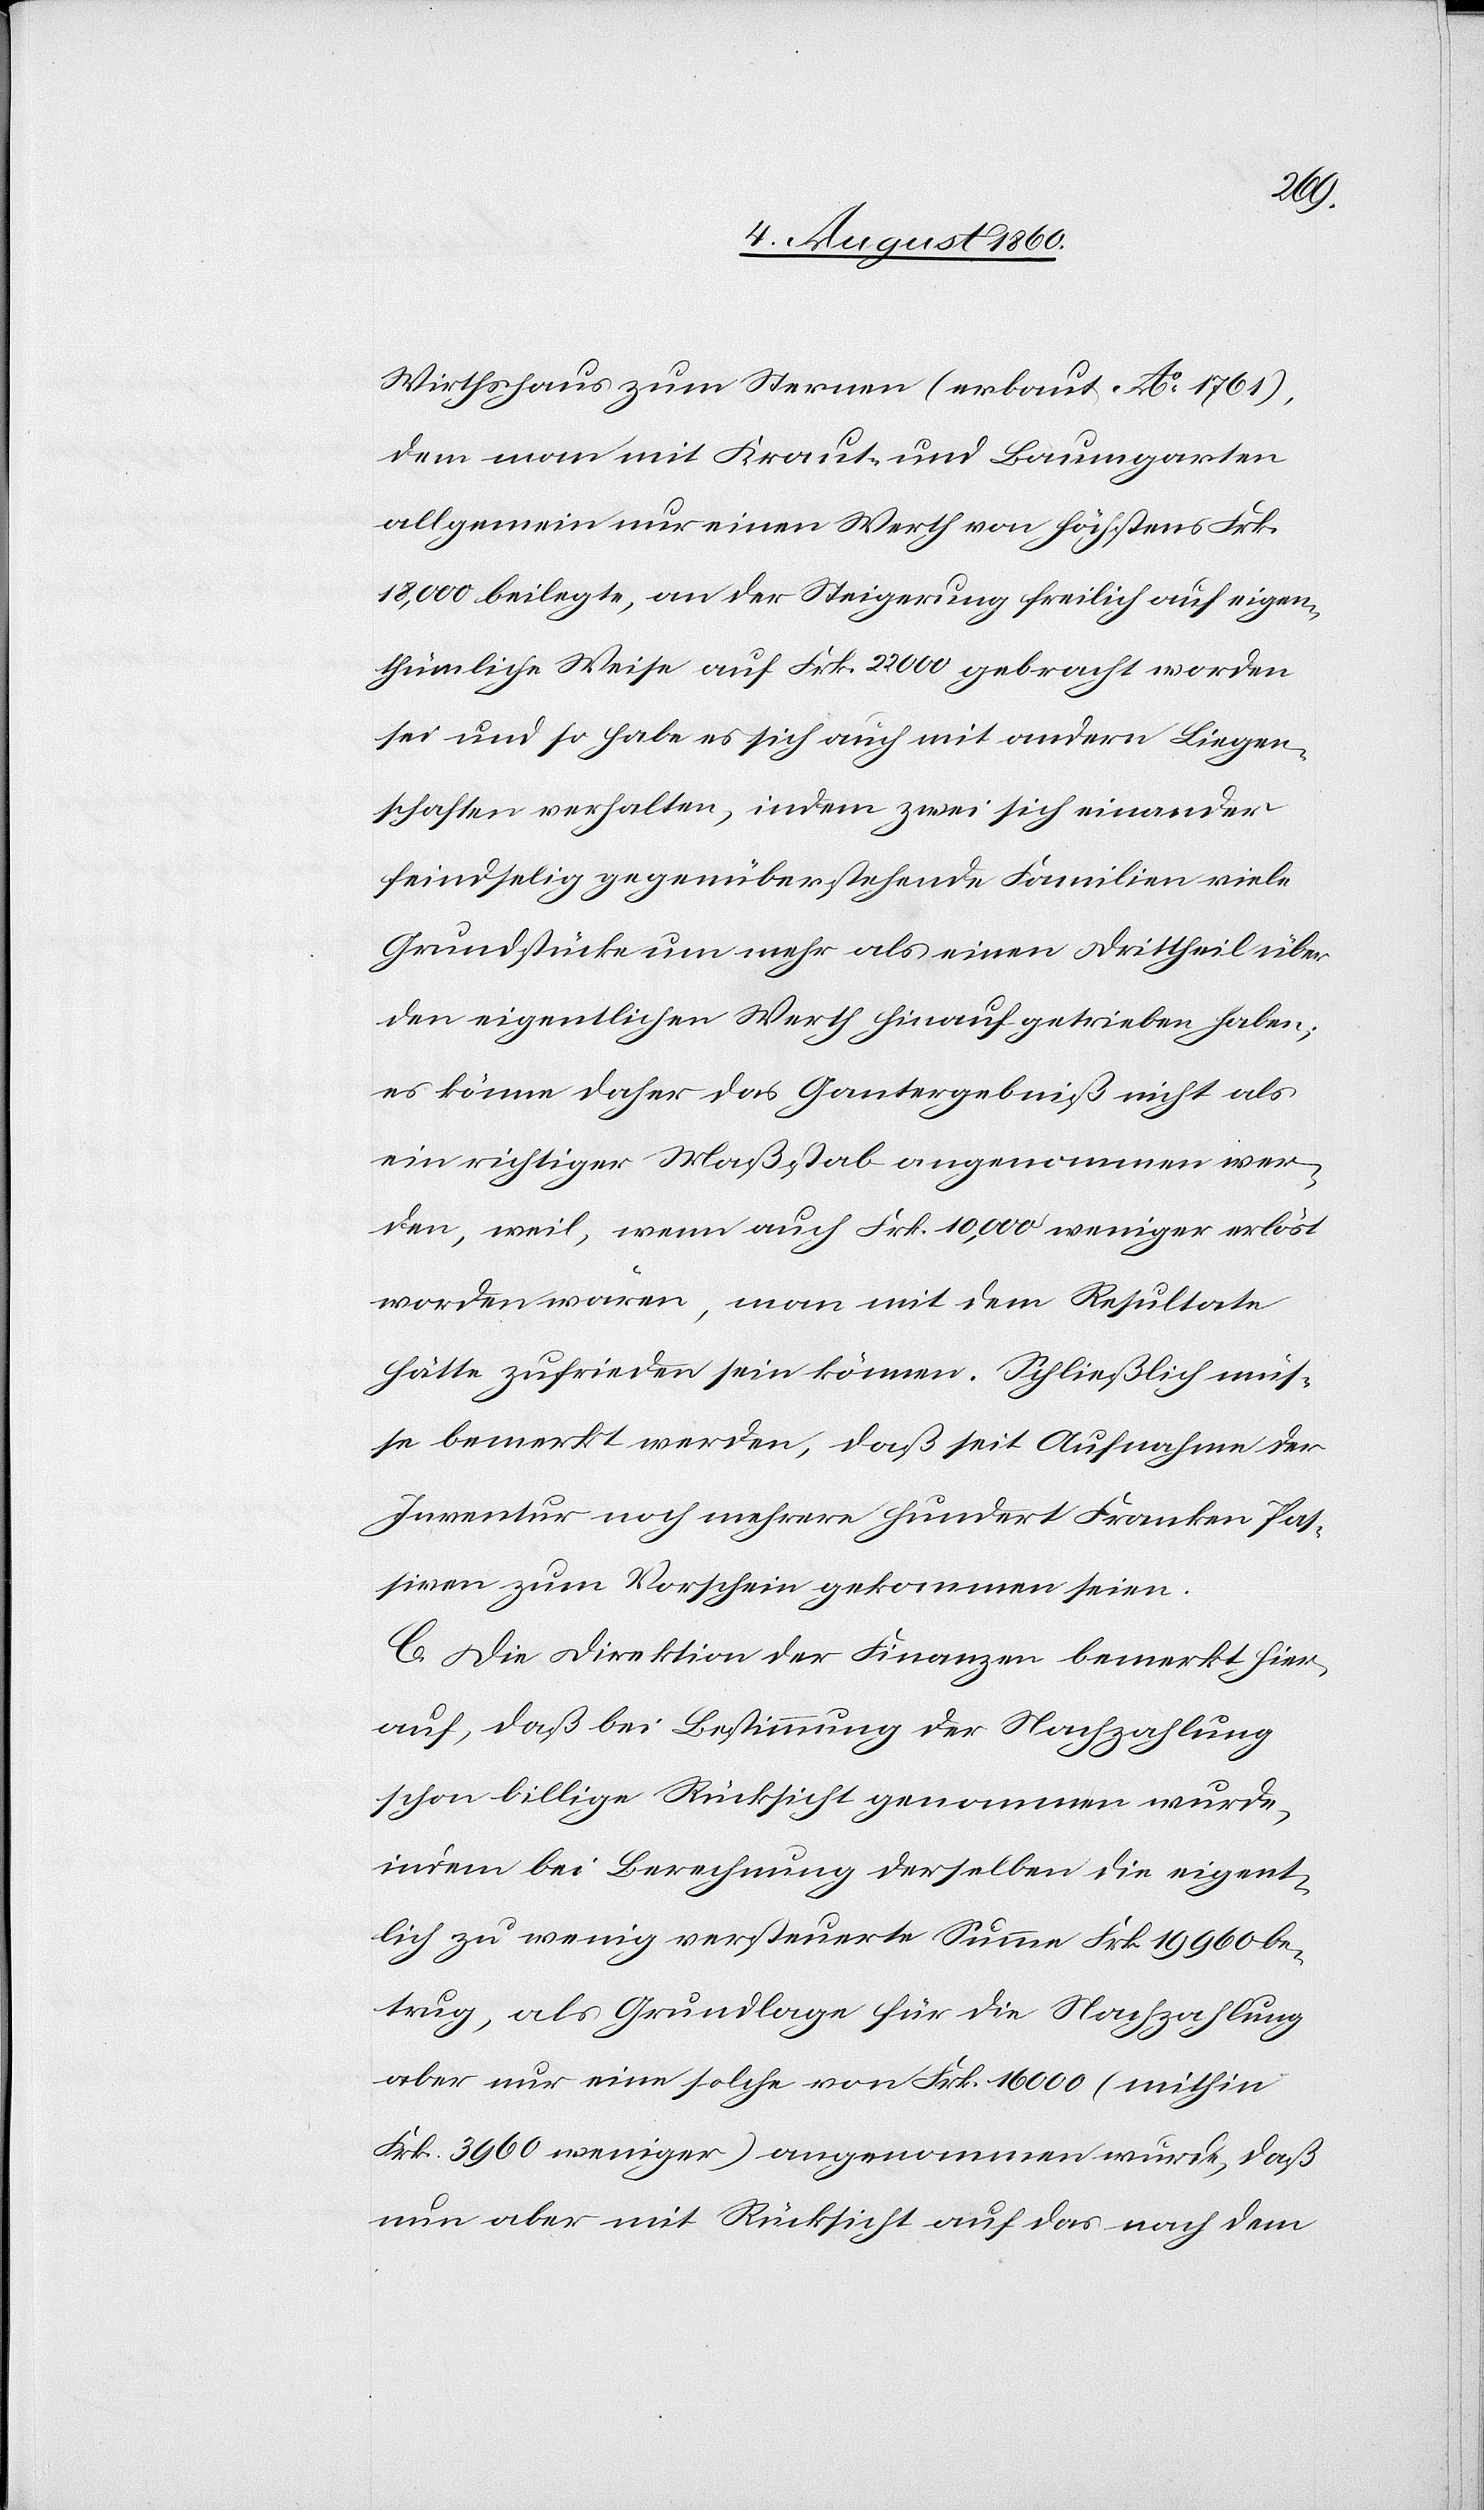
Wirthshaus zum Sternen (erbaut Ao 1761),
dem man mit Kraut- und Baumgarten
allgemein nur einen Werth von höchstens Frk.
18,000 beilegte, an der Steigerung freilich auf eigen¬
thümliche Weise auf Frk. 22 000 gebracht worden
sei und so habe es sich auch mit andern Liegen¬
schaften verhalten, indem zwei sich einander
feindselig gegenüberstehende Familien viele
Grundstücke um mehr als einen Drittheil über
dem eigentlichen Werth hinauf getrieben haben;
es könne daher das Gantergebniss nicht als
ein richtiger Massstab angenommen wer¬
den, weil, wenn auch Frk. 10 000 weniger erlöst
worden wären, man mit dem Resultate
hätte zufrieden sein können. Schliesslich müs¬
se bemerkt werden, dass seit Aufnahme der
Inventur noch mehrere hundert Franken Pas¬
siven zum Vorschein gekommen seien.
C. Die Direktion der Finanzen bemerkt hier¬
auf, dass bei Bestimmung der Nachzahlung
schon billige Rücksicht genommen wurde,
indem bei Berechnung derselben die eigent¬
lich zu wenig versteuerte Summe Frk. 19 960 be¬
trug, als Grundlage für die Nachzahlung
aber nur eine solche von fcs.16,000 (mithin
fcs. 3960 weniger) angenommen wurde, dass
nun aber mit Rücksicht auf das nach dem